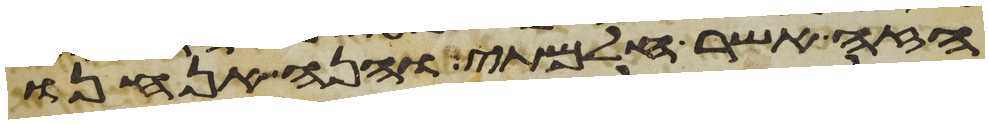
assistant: הזה אשר חלמתי והנה אנחנו